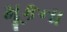
મૂકના